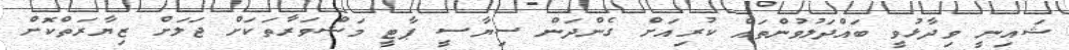
ޝައިނީ ވިދާޅުވީ ބައްދަލުވުންތައް ކުރިއަށް ގެންދަން ސިޔާސީ ޕާޓީ މަޝްވަރާތަކަށް ޖަލަށް ޒިޔާރަތްކޮށް